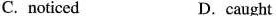
C.nocited D.caught